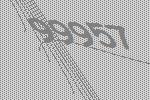
99957